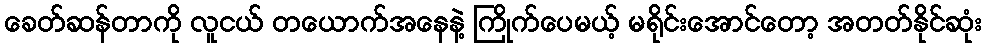
ခေတ်ဆန်တာကို လူငယ် တယောက်အနေနဲ့ ကြိုက်ပေမယ့် မရိုင်းအောင်တော့ အတတ်နိုင်ဆုံး